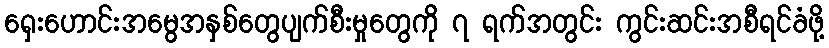
ရှေးဟောင်းအမွေအနှစ်တွေပျက်စီးမှုတွေကို ၇ ရက်အတွင်း ကွင်းဆင်းအစီရင်ခံဖို့